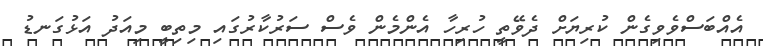
އެއްބަސްވެވިގެން ކުރިޔަށް ދެވޭތީ ހުރިހާ އެންމެން ވެސް ސަރުކާރުގައި މިތިބީ މިއަދު އަޅުގަނޑު